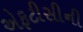
એફટીસીની